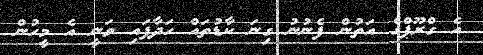
އެ ގްރޫޕްގެ އަތުން ފެނުނު ގިނަ ކާޑުތައް ހަދާފައި ވަނީ އެ މީހުން